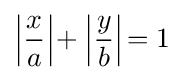
\left|{\frac {x}{a}}\right|\!+\left|{\frac {y}{b}}\right|\!=1